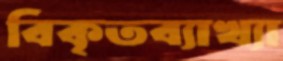
বিকৃতব্যাখ্যা